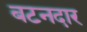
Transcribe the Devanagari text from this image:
बटनदार